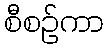
စီစဉ်ကာ